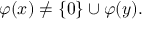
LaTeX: \varphi ( x ) \neq \{ 0 \} \cup \varphi ( y ) .